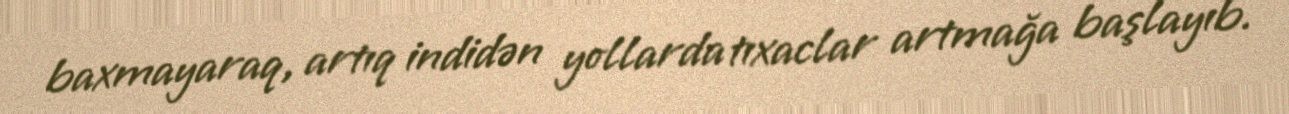
baxmayaraq, artıq indidən yollarda tıxaclar artmağa başlayıb.